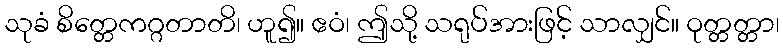
သုခံ စိတ္တေကဂ္ဂတာတိ၊ ဟူ၍။ ဧဝံ၊ ဤသို့ သရုပ်အားဖြင့် သာလျှင်။ ဝုတ္တတ္တာ၊